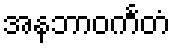
အနဘာဝင်္ကတံ